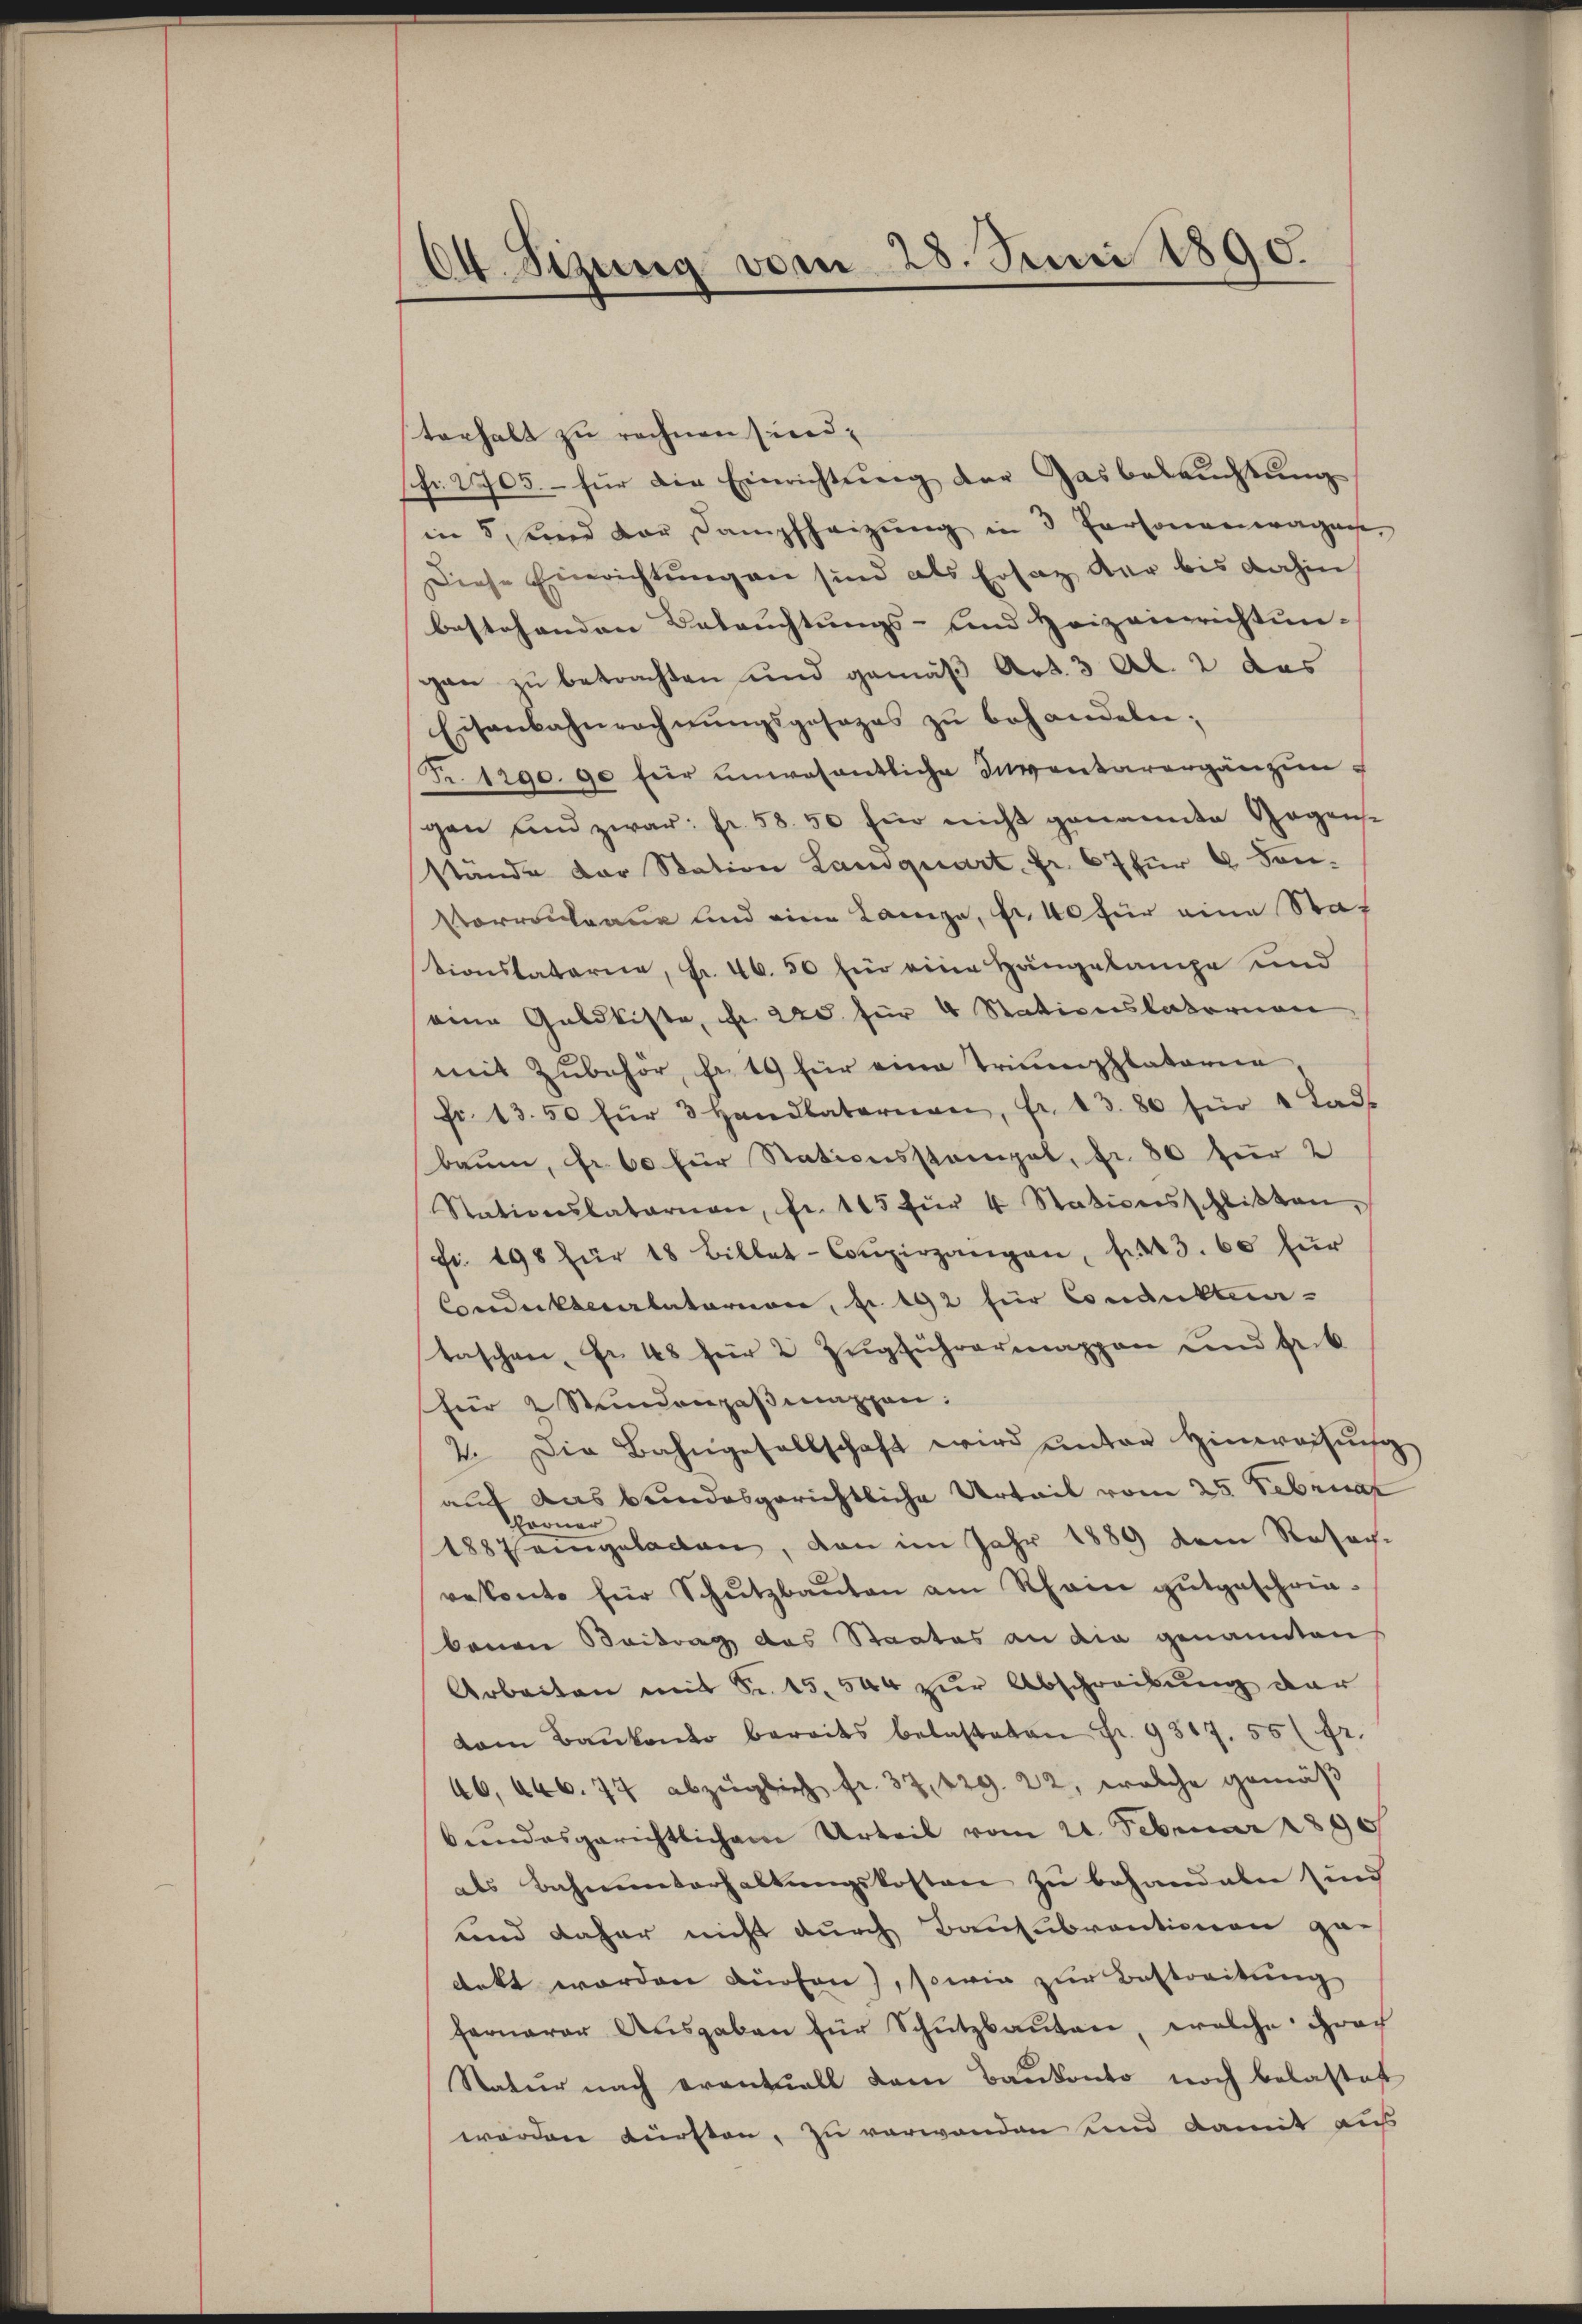
64. Sizung vom 28. Juni 1890.

terhalt zu rechnen sind.
sfr. 2705.- für die Einrichtŭng der Gasbeleŭchtŭng
in 5 und der Dampfheizung in 3 Personenwagen,
Diese Einrichtŭng an sind als Ersatz der bis dahin
bestehenden Betrachtungs- und Heizeinrichtun-
gan zu betrachten und gemäß Art. 3 Al. 2 das
Eisenbahnrechnŭngsgesezes zŭ behandeln;
Fr. 1290. 90 für unwesentliche Inventarergänzung
gen und zwar: fr. 58. 50 für nicht genannte Gegens-
stande der Station Landquart Fr. 67 für 4 Son¬
Porrontane und eine Lange, fr. 40 für eine Staf
tionstaterie, Fr. 46. 50 für eine Hängelampe und
eine Geldkiste, fr. 225 für 4 Stationslatorian
mit Zubehör, fr. 19 für eine Trinenplatoria
fr. 13. 50 für 3 Handlaterien, fr. 13. 80 für 4 Lads
baum, fr. 60 für Stationsstampel, fr. 30 für 2
Stationslatarian, fr. 115 für 4 Stationsschlißten,
fr. 198 für 18 Billet-Conzergangen, f 443. 60 für
Conduktealatorion, fr. 192 für Condukteur-
taschen, Fr. 48 für 2 Zŭgführermappen und frik
für 2 Stundenzaßmappen:
2. Die Bahngesellschaft wird ŭnter Hinweisŭng
auf das bundesgerichtliche Urteil vom 25. Februar
Forner
1887 eingeladen, von im Jahr 1889 dem Resach-
vekonte für Schŭtzbaŭten am Rhein gutgeschrie-
bauen Beitrag das Staates an die genannten
Arbeiten mit Fr. 15. 544 zur Abschreibung der
dam Baŭkonto bereits belasteten Fr. 9317. 55 (fr.
46, 446. 77 abzüglich fr. 37, 429. 22, welche gemäß
bundesgerichtlichem Urteil vom 21. Februar 1890
als Bahnunterhaltŭngskosten zŭ behandeln in
und daher nicht durch Bausubventionen zu
dekt worden dürfen), sowie zur Bestreitung
fernerer Aŭsgaben für Schŭtzbaŭten, welche proch
Natur nach erantuall dem Baukonto noch belastet
werden kürsten, zu verwanden und damit aus